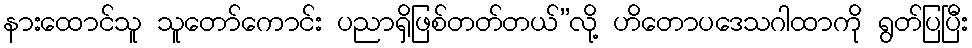
နားထောင်သူ သူတော်ကောင်း ပညာရှိဖြစ်တတ်တယ်”လို့ ဟိတောပဒေသဂါထာကို ရွတ်ပြပြီး